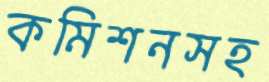
কমিশনসহ